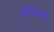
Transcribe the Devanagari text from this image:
स्त्रीयांबद्दल